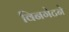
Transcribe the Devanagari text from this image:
विनगेटने